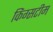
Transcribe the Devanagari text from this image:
किंग्सटीम